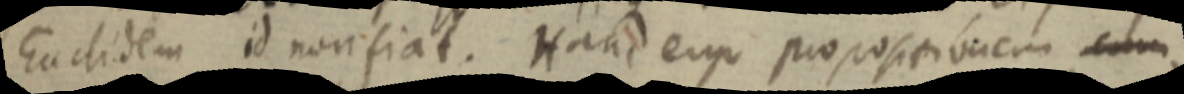
Euclidem id non fiat. Hanc ergo propositionem cum